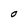
Character: O